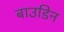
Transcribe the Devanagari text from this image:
बाउडिन